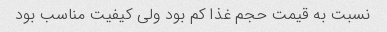
نسبت به قیمت حجم غذا کم بود ولی کیفیت مناسب بود